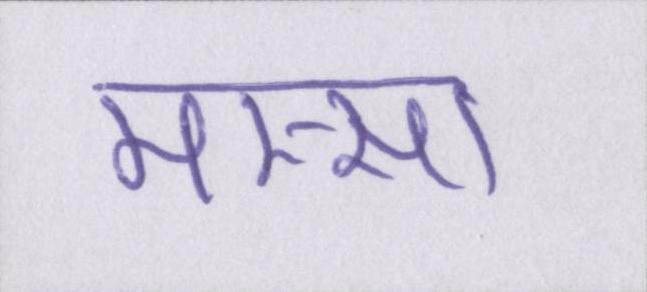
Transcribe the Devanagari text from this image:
मस्सा